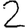
Digit: 2